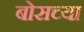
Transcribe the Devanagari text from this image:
बोसच्या